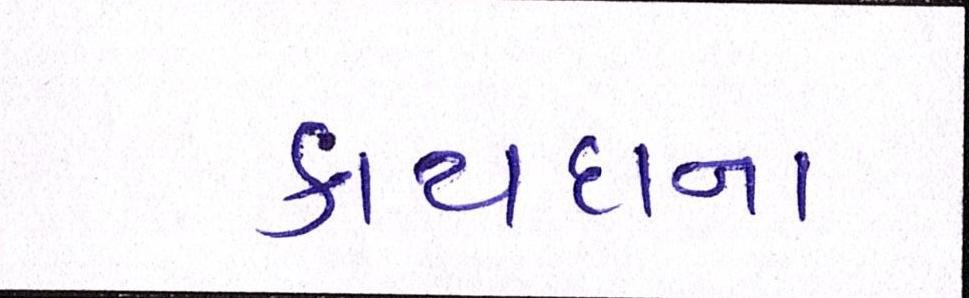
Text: કાયદાના